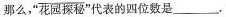
那么，”\overline {花园探秘} ”代表的四位数是___。